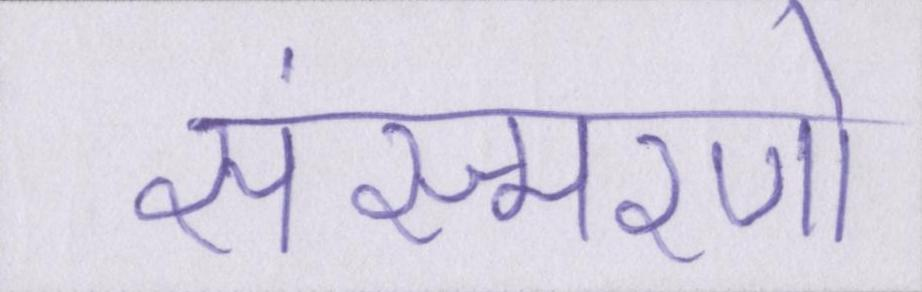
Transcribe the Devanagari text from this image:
संस्मरणो